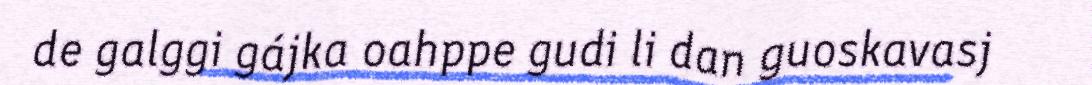
de galggi gájka oahppe gudi li dan guoskavasj